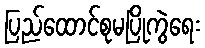
ပြည်ထောင်စုမပြိုကွဲရေး